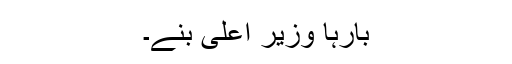
بارہا وزیر اعلیٰ بنے۔